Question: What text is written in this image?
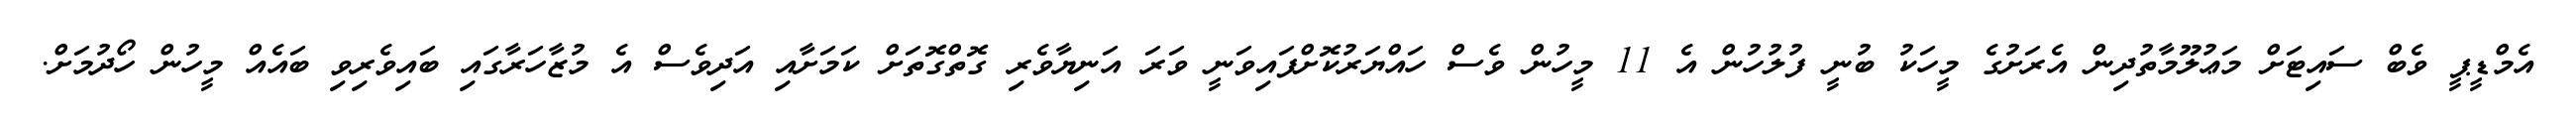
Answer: އެމްޑީޕީ ވެބް ސައިޓަށް މަޢުލޫމާތުދިން އެރަށުގެ މީހަކު ބުނީ ފުލުހުން އެ 11 މީހުން ވެސް ހައްޔަރުކޮށްފައިވަނީ ވަރަ އަނިޔާވެރި ގޮތްގޮތަށް ކަމަށާއި އަދިވެސް އެ މުޒާހަރާގައި ބައިވެރިވި ބައެއް މީހުން ހޯދުމަށް.